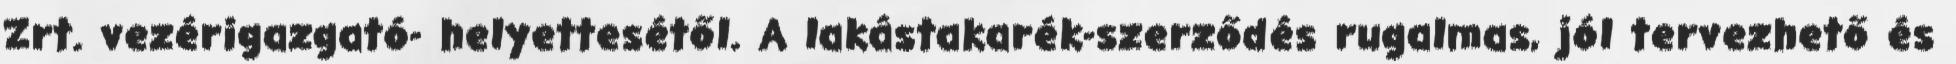
Zrt. vezérigazgató- helyettesétől. A lakástakarék-szerződés rugalmas, jól tervezhető és